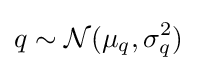
q\sim {\mathcal {N}}(\mu _{q},\sigma _{q}^{2})